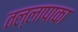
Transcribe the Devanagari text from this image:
तल्लापाका